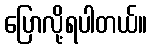
ပြောလို့ရပါတယ်။